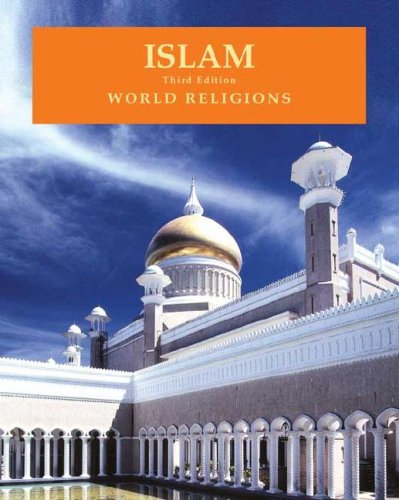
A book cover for Islam (World Religions (Facts on File)); Matthew S. Gordon; Children's Books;